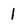
Character: 1